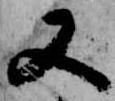
又